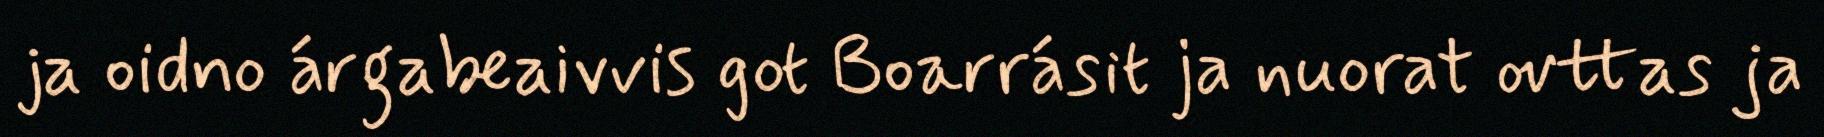
ja oidno árgabeaivvis got Boarrásit ja nuorat ovttas ja